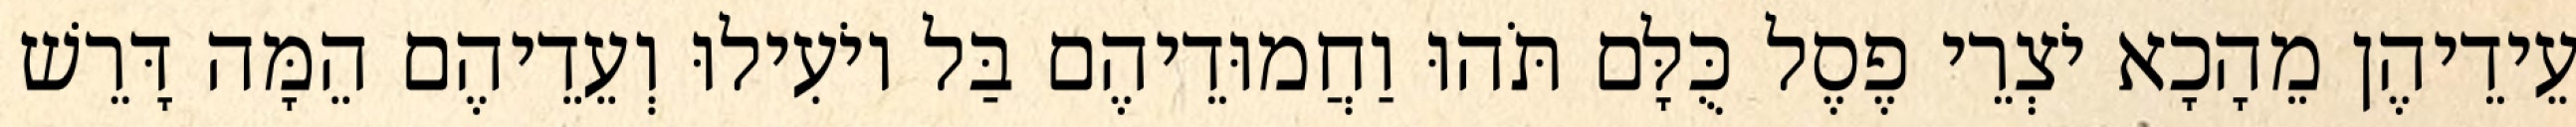
עֵידֵיהֶן מֵהָכָא יֹצְרֵי פֶסֶל כֻּלָּם תֹּהוּ וַחֲמוּדֵיהֶם בַּל יוֹעִילוּ וְעֵדֵיהֶם הֵמָּה דָּרֵשׁ